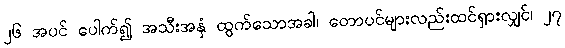
၂၆ အပင် ပေါက်၍ အသီးအနှံ ထွက်သောအခါ၊ တောပင်များလည်းထင်ရှားလျှင်၊ ၂၇